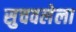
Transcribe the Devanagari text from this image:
सुचवलेला